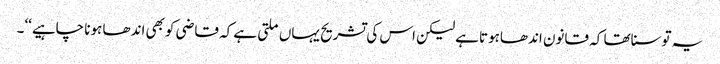
یہ توسناتھا کہ قانون اندھاہوتاہے لیکن اس کی تشریح یہاں ملتی ہے کہ قاضی کوبھی اندھا ہونا چاہیے‘‘۔